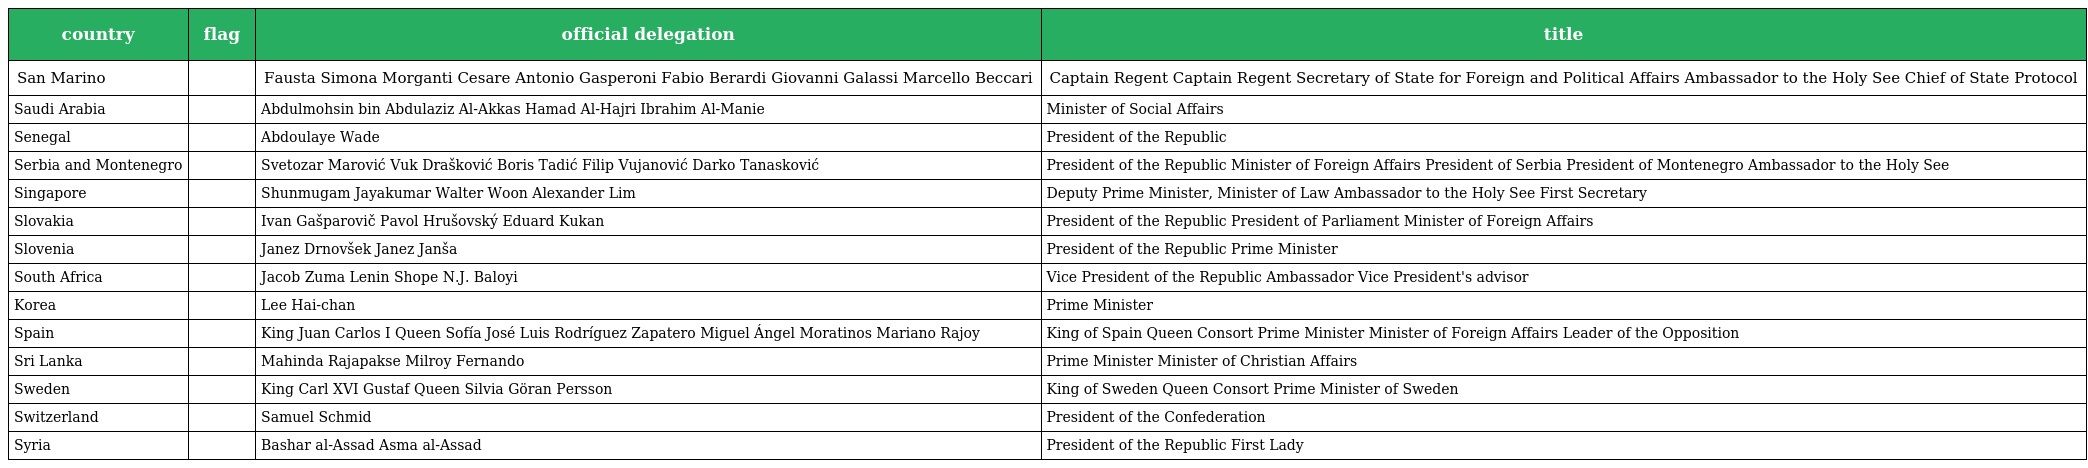
| country | flag | official delegation | title |
 | --- | --- | --- | --- |
 | San Marino |  | Fausta Simona Morganti Cesare Antonio Gasperoni Fabio Berardi Giovanni Galassi Marcello Beccari | Captain Regent Captain Regent Secretary of State for Foreign and Political Affairs Ambassador to the Holy See Chief of State Protocol |
 | Saudi Arabia |  | Abdulmohsin bin Abdulaziz Al-Akkas Hamad Al-Hajri Ibrahim Al-Manie | Minister of Social Affairs |
 | Senegal |  | Abdoulaye Wade | President of the Republic |
 | Serbia and Montenegro |  | Svetozar Marović Vuk Drašković Boris Tadić Filip Vujanović Darko Tanasković | President of the Republic Minister of Foreign Affairs President of Serbia President of Montenegro Ambassador to the Holy See |
 | Singapore |  | Shunmugam Jayakumar Walter Woon Alexander Lim | Deputy Prime Minister, Minister of Law Ambassador to the Holy See First Secretary |
 | Slovakia |  | Ivan Gašparovič Pavol Hrušovský Eduard Kukan | President of the Republic President of Parliament Minister of Foreign Affairs |
 | Slovenia |  | Janez Drnovšek Janez Janša | President of the Republic Prime Minister |
 | South Africa |  | Jacob Zuma Lenin Shope N.J. Baloyi | Vice President of the Republic Ambassador Vice President's advisor |
 | Korea |  | Lee Hai-chan | Prime Minister |
 | Spain |  | King Juan Carlos I Queen Sofía José Luis Rodríguez Zapatero Miguel Ángel Moratinos Mariano Rajoy | King of Spain Queen Consort Prime Minister Minister of Foreign Affairs Leader of the Opposition |
 | Sri Lanka |  | Mahinda Rajapakse Milroy Fernando | Prime Minister Minister of Christian Affairs |
 | Sweden |  | King Carl XVI Gustaf Queen Silvia Göran Persson | King of Sweden Queen Consort Prime Minister of Sweden |
 | Switzerland |  | Samuel Schmid | President of the Confederation |
 | Syria |  | Bashar al-Assad Asma al-Assad | President of the Republic First Lady |